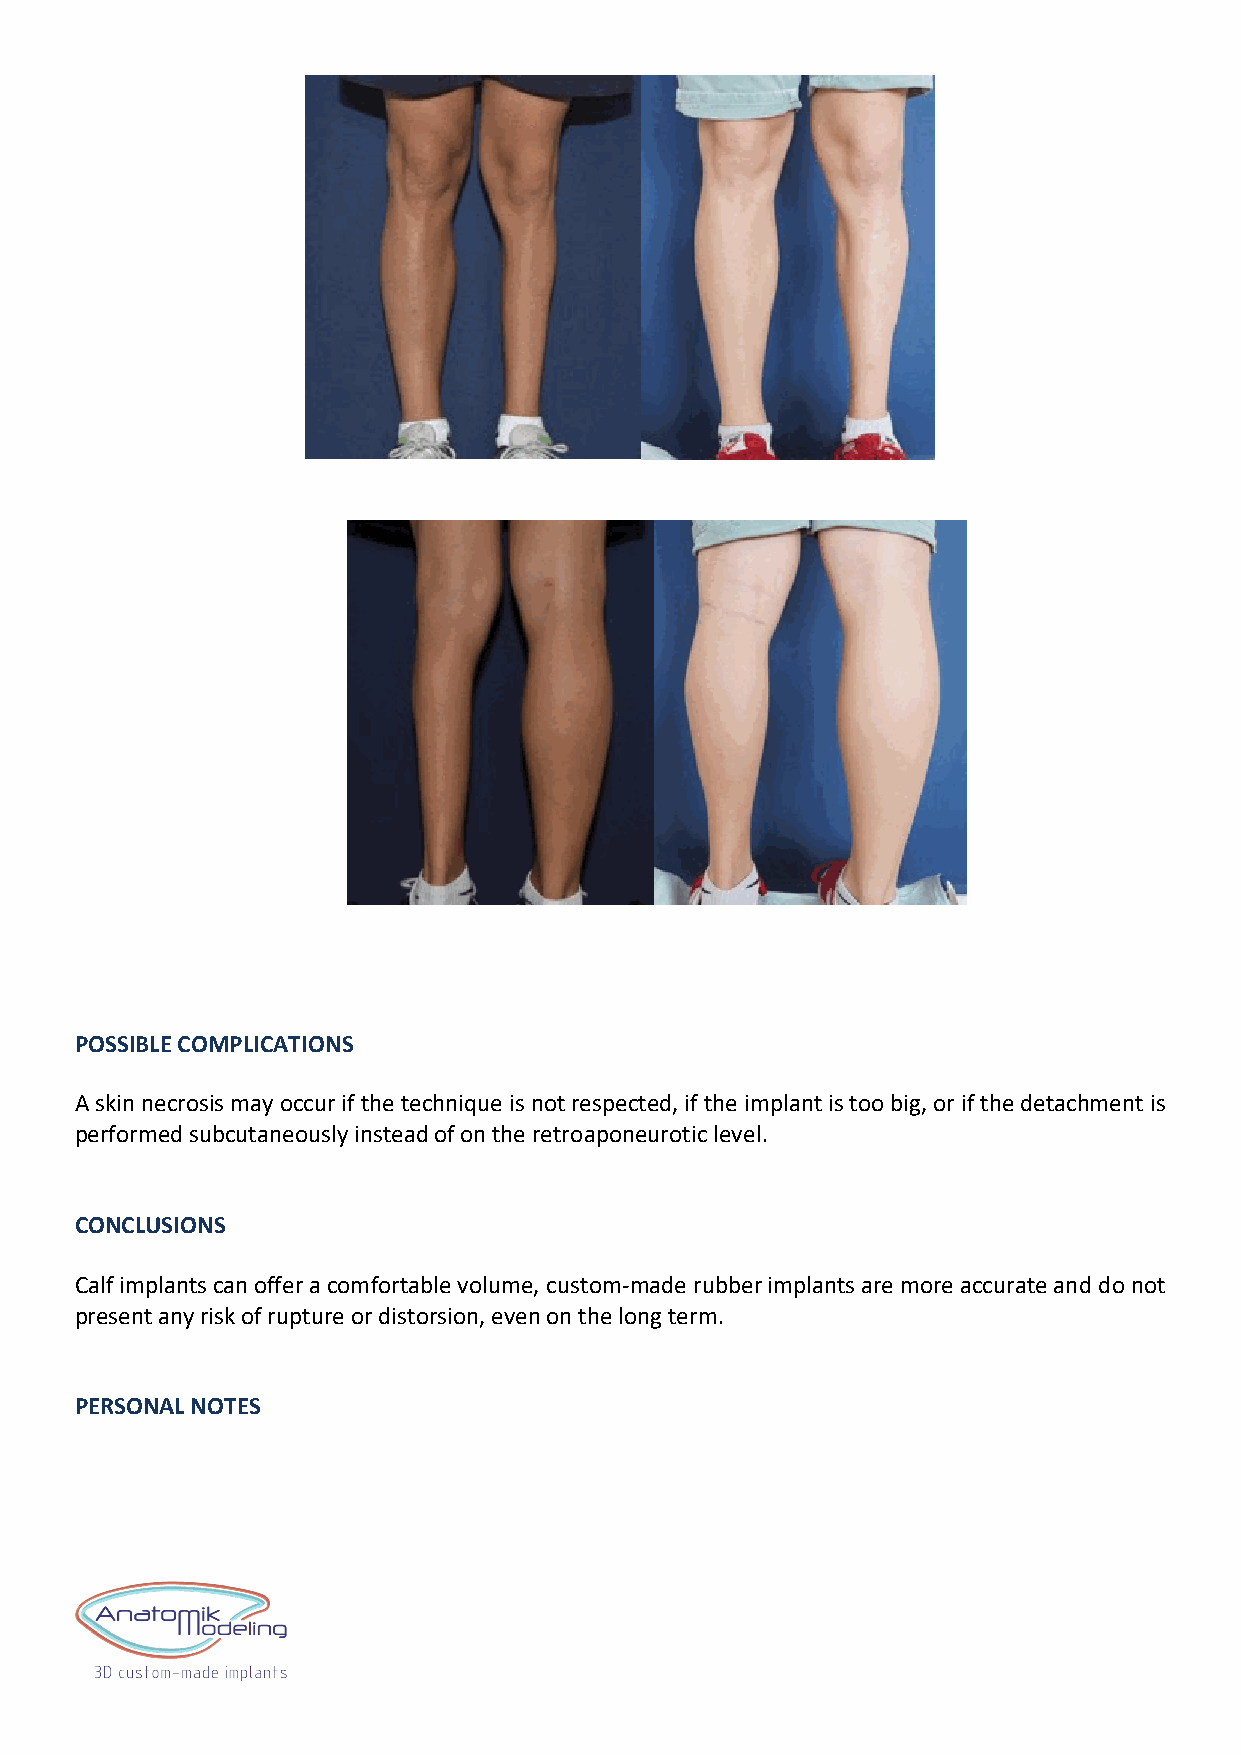
POSSIBLE COMPLICATIONS
 A skin necrosis may occur if the technique is not respected, if the implant is too big, or if the detachment is
 performed subcutaneously instead of on the retroaponeurotic level.
 CONCLUSIONS
 Calf implants can offer a comfortable volume, custom-made rubber implants are more accurate and do not
 present any risk of rupture or distorsion, even on the long term.
 PERSONAL NOTES